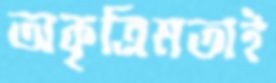
অকৃত্রিমতাই